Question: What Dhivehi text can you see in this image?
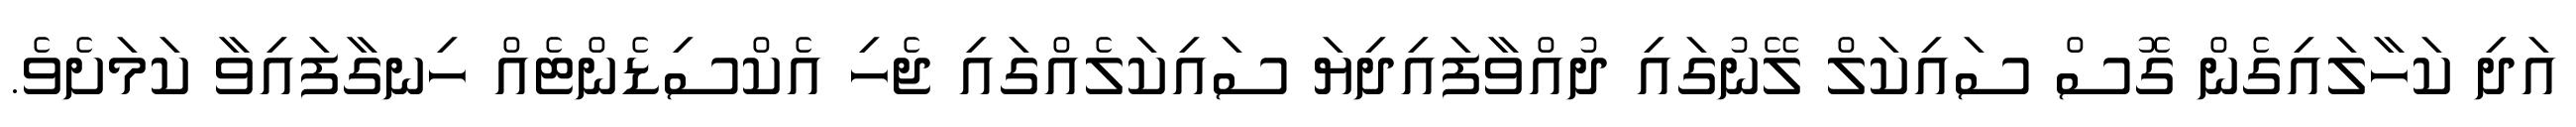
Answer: އަދި ކަހާލައިގެން ގޮސް ސައިކަލް ލޭނުގައި ދުއްވާފައިދިޔަ ސައިކަލެއްގައި ޖެހި އެކްސިޑެންޓެއް ހިނގާފައިވާ ކަމަށެވެ.